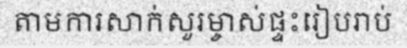
តាមការសាក់សួរម្ចាស់ផ្ទះរៀបរាប់